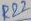
Text: R22